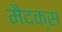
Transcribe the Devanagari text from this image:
मैदक्स